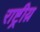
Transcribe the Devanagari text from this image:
राष्ट्रीय़